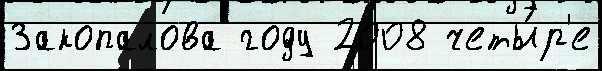
Закопалова году 2008 четы́р'е